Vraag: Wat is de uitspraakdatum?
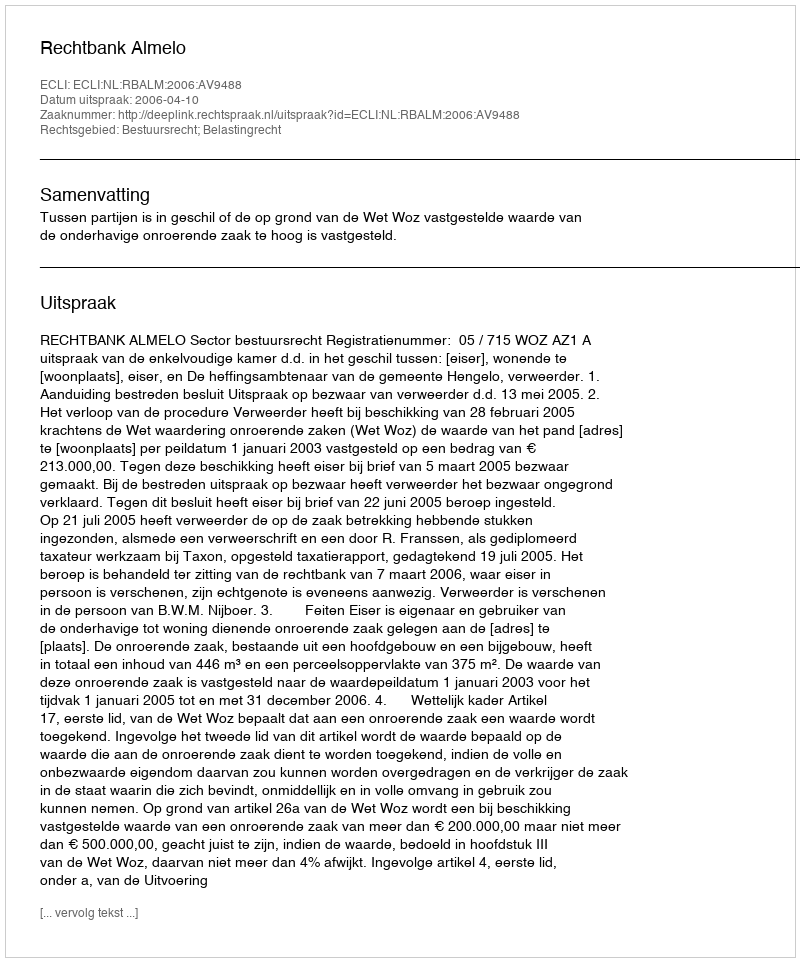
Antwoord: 2006-04-10